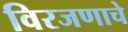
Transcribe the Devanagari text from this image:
विरजणाचे